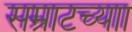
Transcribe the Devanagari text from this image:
सम्राटच्याा